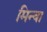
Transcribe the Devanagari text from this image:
मिन्वा